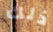
ذلك